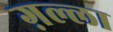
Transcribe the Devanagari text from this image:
ग़ल्ला